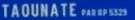
"TAOUNATE